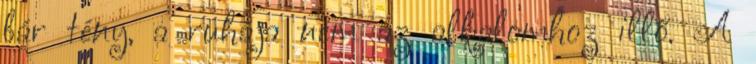
bár tény, a ruhája nem az alkalomhoz illő. A